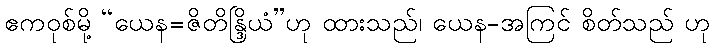
ဧကဝုစ်မို့ “ယေန=ဇိတိန္ဒြိယံ”ဟု ထားသည်၊ ယေန-အကြင် စိတ်သည် ဟု